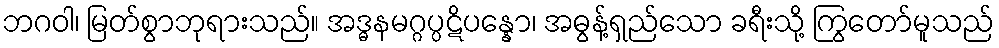
ဘဂဝါ၊ မြတ်စွာဘုရားသည်။ အဒ္ဓနမဂ္ဂပ္ပဋိပန္နော၊ အဓွန့်ရှည်သော ခရီးသို့ ကြွတော်မူသည်